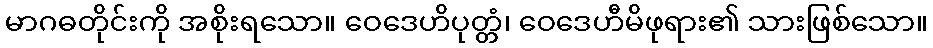
မာဂဓတိုင်းကို အစိုးရသော။ ဝေဒေဟိပုတ္တံ၊ ဝေဒေဟီမိဖုရား၏ သားဖြစ်သော။